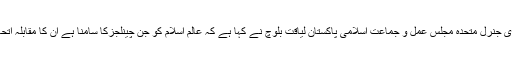
25 مئی2018ء) سکریٹری جنرل متحدہ مجلس عمل و جماعت اسلامی پاکستان لیاقت بلوچ نے کہا ہے کہ عالم اسلام کو جن چینلجزکا سامنا ہے ان کا مقابلہ اتحاد امت سے ہی ممکن ہے ۔